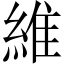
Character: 維